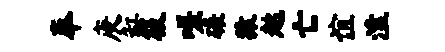
奉庚缸筱嗟碾猿趑亡谊溘